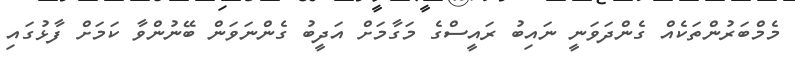
މެމްބަރުންތަކެއް ގެންދަވަނީ ނައިބު ރައީސްގެ މަގާމަށް އަދީބު ގެންނަވަން ބޭނުންވާ ކަމަށް ފާޅުގައި